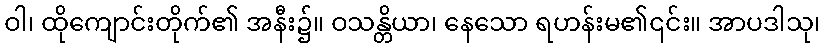
ဝါ၊ ထိုကျောင်းတိုက်၏ အနီး၌။ ဝသန္တိယာ၊ နေသော ရဟန်းမ၏၎င်း။ အာပဒါသု၊